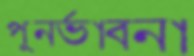
পুনর্ভাবনা